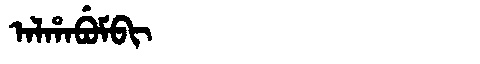
Manchu: ᠠᠯᡥᠠᠪᡠᠮᠪᡳ
Romanization: ALHABUMBI